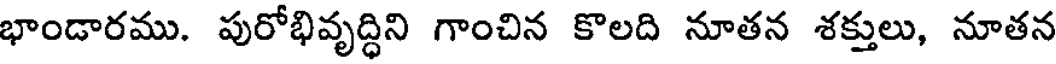
భాండారము. పురోభివృద్ధిని గాంచిన కొలది నూతన శక్తులు, నూతన